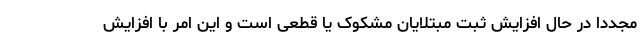
مجددا در حال افزایش ثبت مبتلایان مشکوک یا قطعی است و این امر با افزایش